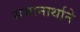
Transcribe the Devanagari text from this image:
समानार्थाने